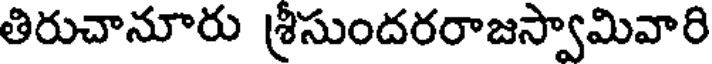
తిరుచానూరు శ్రీసుందరరాజస్వామివారి